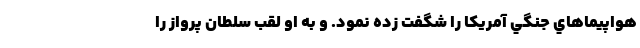
هواپيماهاي جنگي آمريكا را شگفت زده نمود. و به او لقب سلطان پرواز را